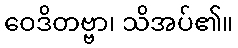
ဝေဒိတဗ္ဗာ၊ သိအပ်၏။